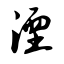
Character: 湮